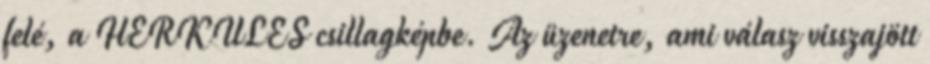
felé, a HERKULES csillagképbe. Az üzenetre, ami válasz visszajött